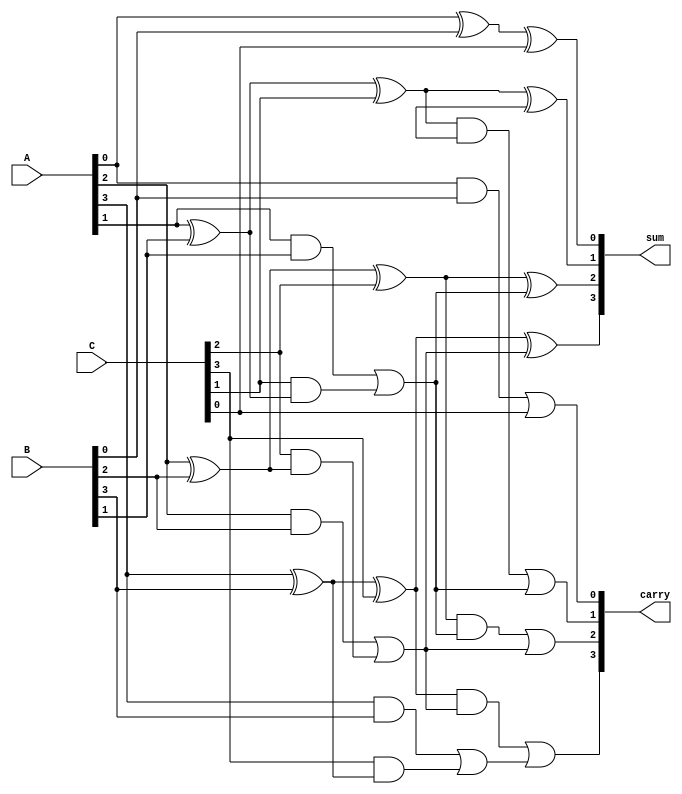
module carry_save_adder (
    input [3:0] A,  // First operand
    input [3:0] B,  // Second operand
    input [3:0] C,  // Third operand
    output [3:0] sum, // Output sum
    output [3:0] carry // Output carry
);

    wire [3:0] HA_sum; // Half Adder sum outputs
    wire [3:0] HA_carry; // Half Adder carry outputs

    wire [3:0] FA1_sum; // Full Adder 1 sum outputs
    wire [3:0] FA1_carry; // Full Adder 1 carry outputs

    wire [3:0] FA2_sum; // Full Adder 2 sum outputs
    wire [3:0] FA2_carry; // Full Adder 2 carry outputs

    // Half Adders for the least significant bit
    assign HA_sum[0] = A[0] ^ B[0];
    assign HA_carry[0] = A[0] & B[0];

    // Full Adders for the remaining bits
    genvar i;
    generate
        for (i = 1; i < 4; i = i + 1) begin: full_adders
            // First stage Full Adders
            assign FA1_sum[i] = A[i] ^ B[i] ^ C[i];
            assign FA1_carry[i] = (A[i] & B[i]) | (C[i] & (A[i] ^ B[i]));
        end
    endgenerate

    // Second stage Full Adders using outputs from first stage
    assign FA2_sum[0] = HA_sum[0] ^ C[0];
    assign FA2_carry[0] = HA_carry[0] | C[0];

    generate
        for (i = 1; i < 4; i = i + 1) begin: second_stage
            assign FA2_sum[i] = FA1_sum[i] ^ FA1_carry[i - 1];
            assign FA2_carry[i] = (FA1_sum[i] & FA1_carry[i - 1]) | FA1_carry[i];
        end
    endgenerate

    // Final sum and carry outputs
    assign sum = FA2_sum;
    assign carry = FA2_carry;

endmodule